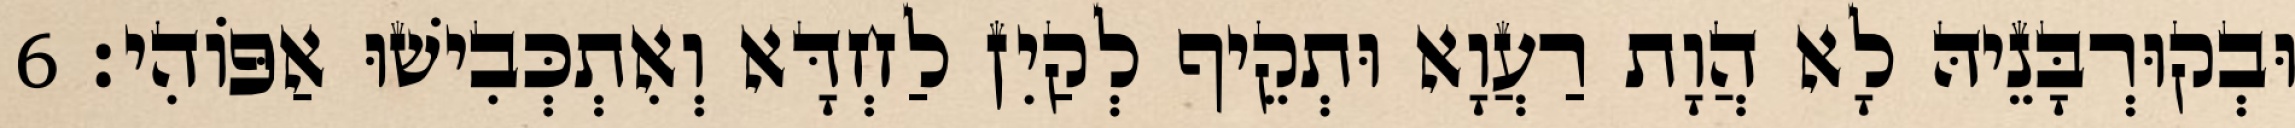
וּבְקוּרְבָּנֵיהּ לָא הֲוָת רַעֲוָא וּתְקֵיף לְקַיִן לַחְדָּא וְאִתְכְּבִישׁוּ אַפּוֹהִי׃ 6